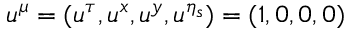
u ^ { \mu } = ( u ^ { \tau } , u ^ { x } , u ^ { y } , u ^ { \eta _ { s } } ) = ( 1 , 0 , 0 , 0 )